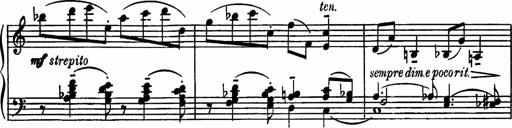
Title: Sonatilla
Composer: Mortimer Wilson
Key: C major